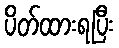
ပိတ်ထားရပြီး